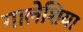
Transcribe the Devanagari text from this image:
गालेशिया